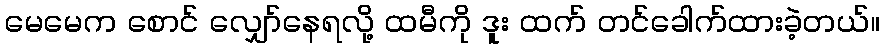
မေမေက စောင် လျှော်နေရလို့ ထမီကို ဒူး ထက် တင်ခေါက်ထားခဲ့တယ်။